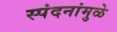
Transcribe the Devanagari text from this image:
स्पंदनांमुळे